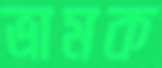
ভ্রামক